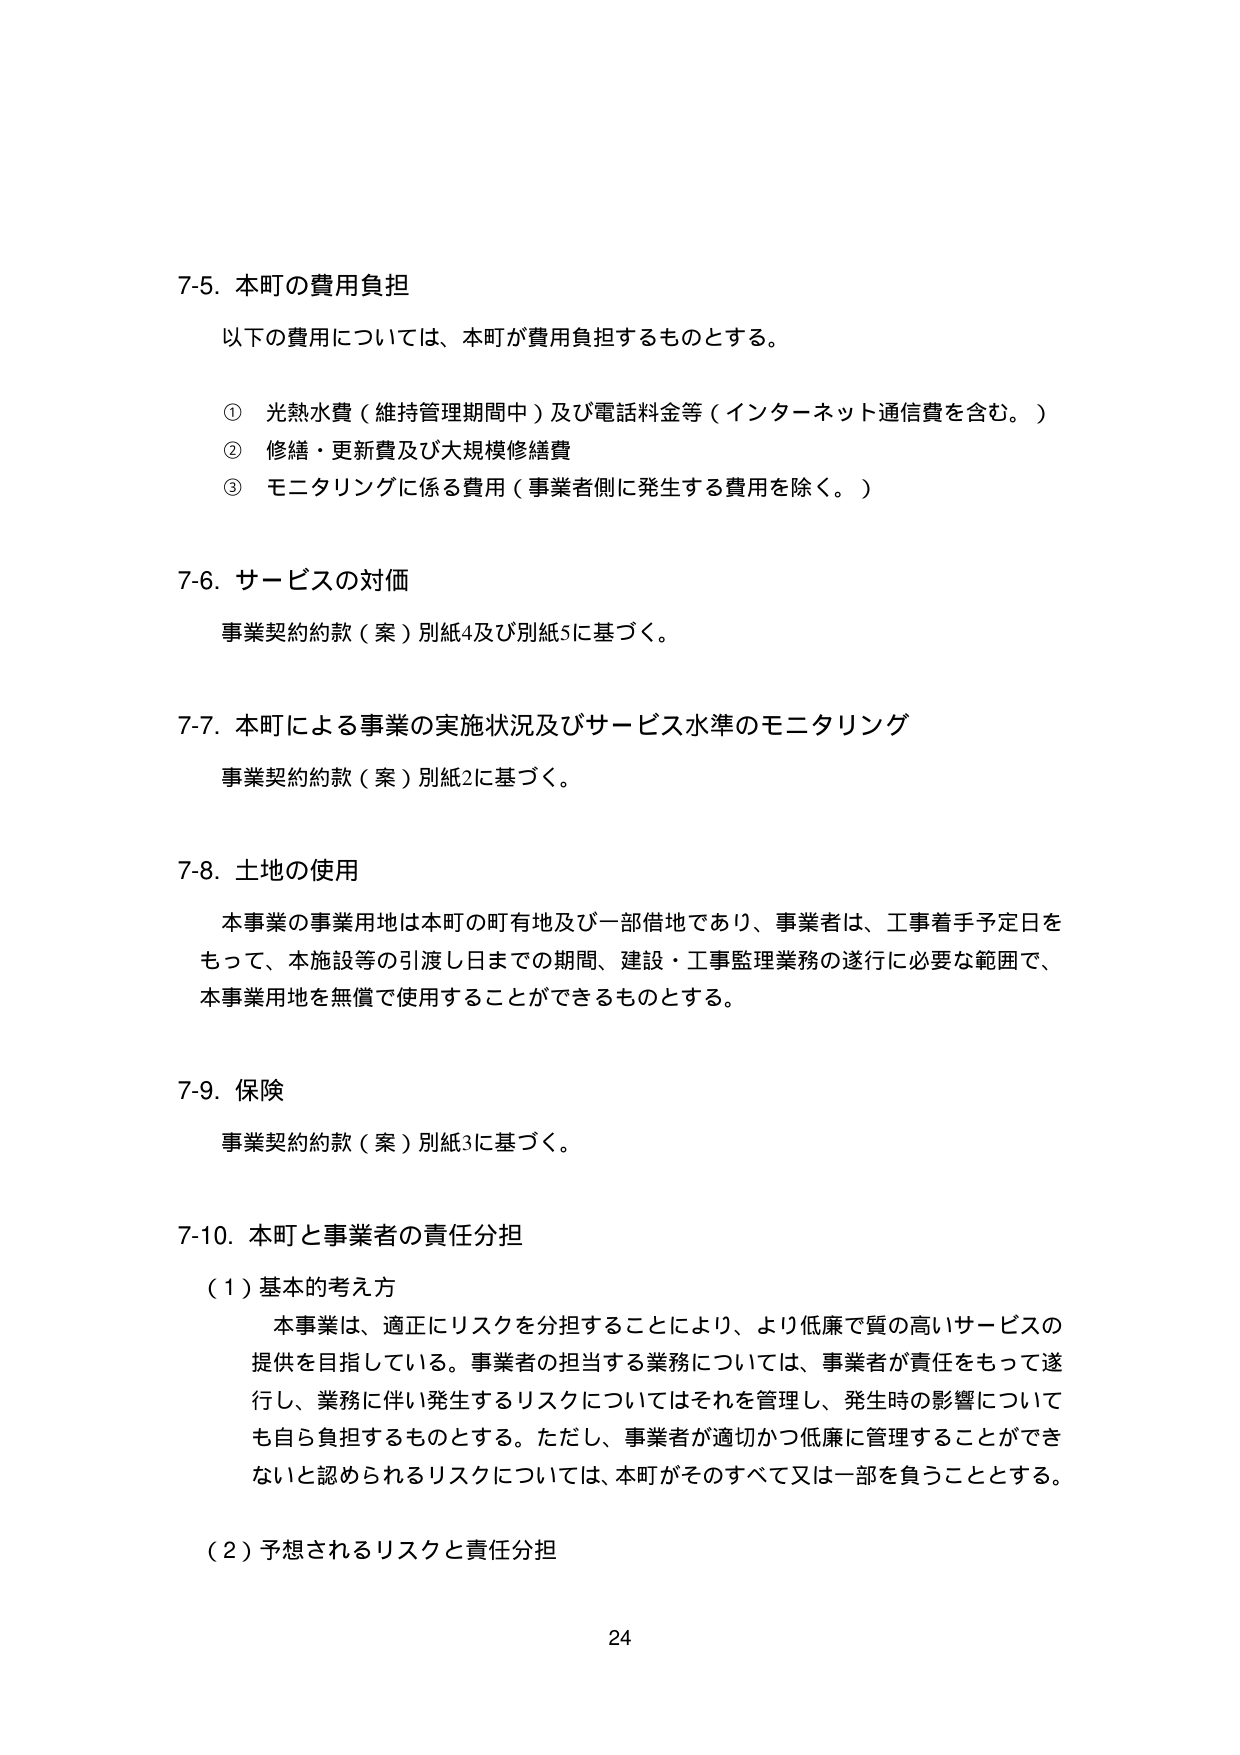
7-5. 本町の費用負担
以下の費用については、本町が費用負担するものとする。
① 光熱水費（維持管理期間中）及び電話料金等（インターネット通信費を含む。）
② 修繕・更新費及び大規模修繕費
③ モニタリングに係る費用（事業者側に発生する費用を除く。）

7-6. サービスの対価
事業契約約款（案）別紙4及び別紙5に基づく。

7-7. 本町による事業の実施状況及びサービス水準のモニタリング
事業契約約款（案）別紙2に基づく。

7-8. 土地の使用
本事業の事業用地は本町の町有地及び一部借地であり、事業者は、工事着手予定日を
もって、本施設等の引渡し日までの期間、建設・工事監理業務の遂行に必要な範囲で、
本事業用地を無償で使用することができるものとする。

7-9. 保険
事業契約約款（案）別紙3に基づく。

7-10. 本町と事業者の責任分担
（1）基本的考え方
本事業は、適正にリスクを分担することにより、より低廉で質の高いサービスの
提供を目指している。事業者の担当する業務については、事業者が責任をもって遂
行し、業務に伴い発生するリスクについてはそれを管理し、発生時の影響について
も自ら負担するものとする。ただし、事業者が適切かつ低廉に管理することができ
ないと認められるリスクについては、本町がそのすべて又は一部を負うこととする。
（2）予想されるリスクと責任分担

24